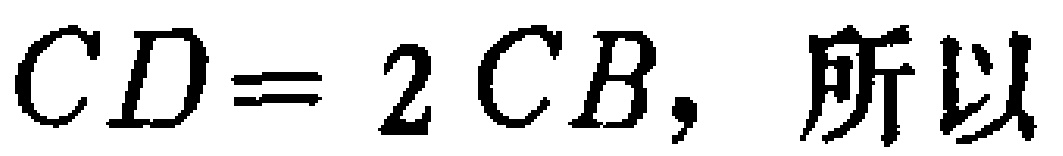
$CD=2CB，所以$